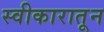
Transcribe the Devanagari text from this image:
स्वीकारातून